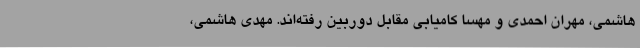
هاشمی، مهران احمدی و مهسا کامیابی مقابل دوربین رفته‌اند. مهدی هاشمی،